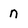
Character: n